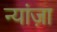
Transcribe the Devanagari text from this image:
न्यांज़ा